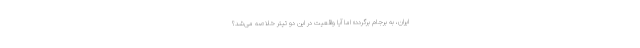
ایران، به برجام برگردد» اما آیا واقعیت در این دو تیتر خلاصه می‌شد؟